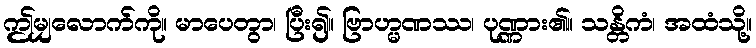
ဤမျှလောက်ကို။ မာပေတွာ၊ ပြီး၍။ ဗြာဟ္မဏဿ၊ ပုဏ္ဏား၏။ သန္တိကံ၊ အထံသို့။